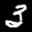
Label: 3